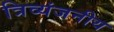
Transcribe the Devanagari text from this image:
त्रिव्यंजनीय